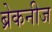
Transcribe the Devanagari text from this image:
ब्रेकनीज